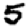
Digit: 5